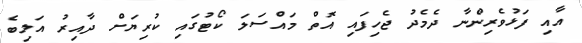
އާއި ފަޅުވެރިންނާ ދެމެދު ޖެހިފައި އޮތް މައްސަލަ ކޯޓުގައި ކުރިޔަށް ދާއިރު އަލިބެ